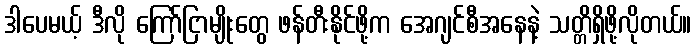
ဒါပေမယ့် ဒီလို ကြော်ငြာမျိုးတွေ ဖန်တီးနိုင်ဖို့က အေဂျင်စီအနေနဲ့ သတ္တိရှိဖို့လိုတယ်။